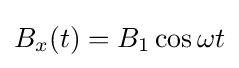
B_{x}(t)=B_{1}\cos \omega t